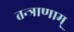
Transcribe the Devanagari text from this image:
तन्त्राणाम्